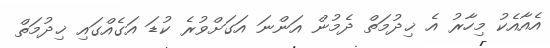
އެއާއެކު މިހާރު އެ ޚިދުމަތް ދެމުން އަންނަ އަގަށްވުރެ ކުޑަ އަގެއްގައި ޚިދުމަތް